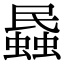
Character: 蟁